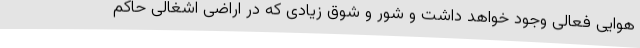
هوایی فعالی وجود خواهد داشت و شور و شوق زیادی که در اراضی اشغالی حاکم